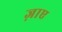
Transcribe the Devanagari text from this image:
ज़ाए